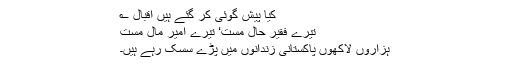
کیا پیش گوئی کر گئے ہیں اقبال ؎
تیرے فقیر حال مست‘ تیرے امیر مال مست
ہزاروں لاکھوں پاکستانی زندانوں میں پڑے سسک رہے ہیں۔